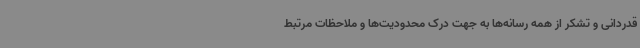
قدردانی و تشکر از همه رسانه‌ها به جهت درک محدودیت‌ها و ملاحظات مرتبط